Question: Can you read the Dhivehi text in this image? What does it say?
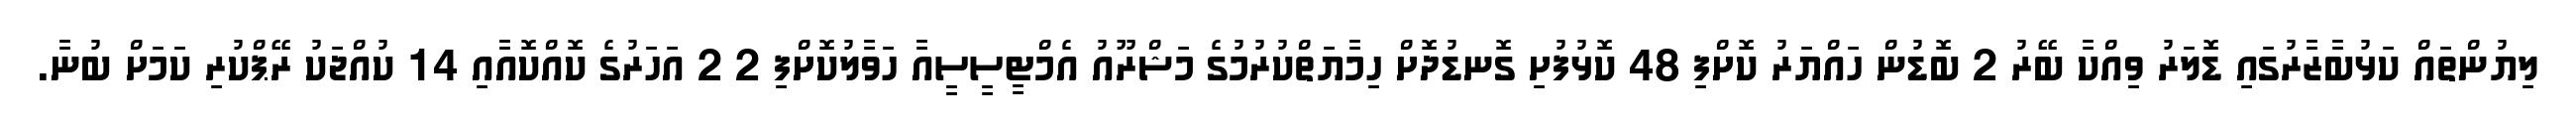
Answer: ލިޔުންތައް ކަޅުބާޒާރުގައި ޑޮލަރު ވިއްކާ ބޭރު 2 ބޮޑުން ހައްޔަރު ކޮށްފި 48 ކޮޅުފުށި ގޮނޑުދޮށް ހިމާޔަތްކުރުމުގެ މަޝްރޫއު އެމްޓީސީސީއާ ހަވާލުކޮށްފި 2 2 އަހަރުގެ ކޮއްކޮއާއި 14 ކުއްޖަކު ރޭޕްކުރި ކަމަށް ބުނާ.